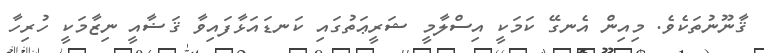
ޤާނޫނުތަކެވެ. މިއިން އެނގޭ ކަމަކީ އިސްލާމީ ޝަރީޢަތުގައި ކަނޑައަޅާފައިވާ ޤަޟާއީ ނިޒާމަކީ ހުރިހާ